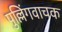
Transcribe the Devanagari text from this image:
पुल्लिंगवाचक